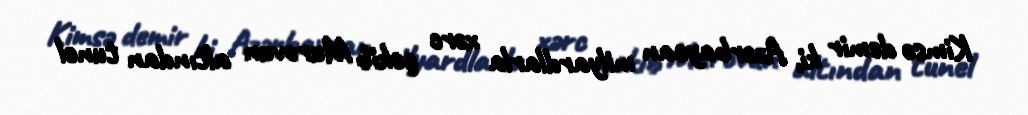
Kimsə demir ki, Azərbaycan milyardlarla xərc çəkib Murovun altından tunel